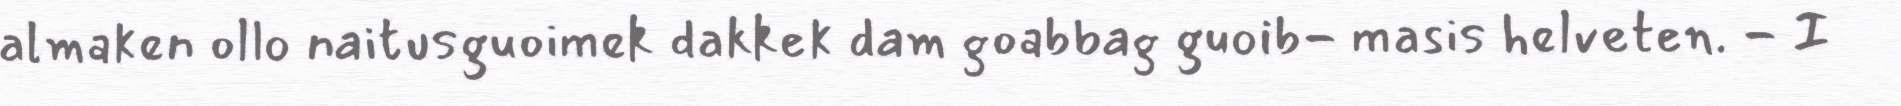
almaken ollo naitusguoimek dakkek dam goabbag guoib- masis helveten. - I